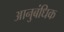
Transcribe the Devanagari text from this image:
आनुबंधिक